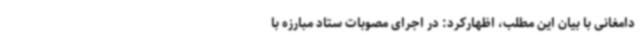
دامغانی با بیان این مطلب، اظهارکرد: در اجرای مصوبات ستاد مبارزه با